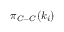
\pi _ { C - C } ( k _ { i } )